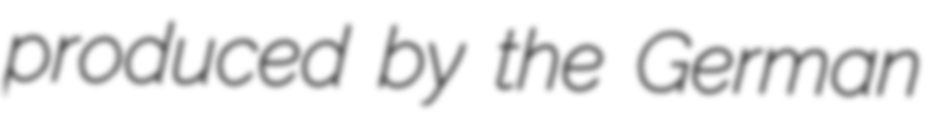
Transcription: produced by the German